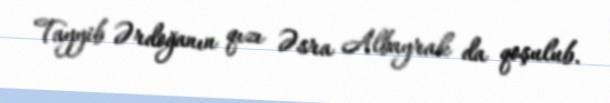
Tayyib Ərdoğanın qızı Əsra Albayrak da qoşulub.